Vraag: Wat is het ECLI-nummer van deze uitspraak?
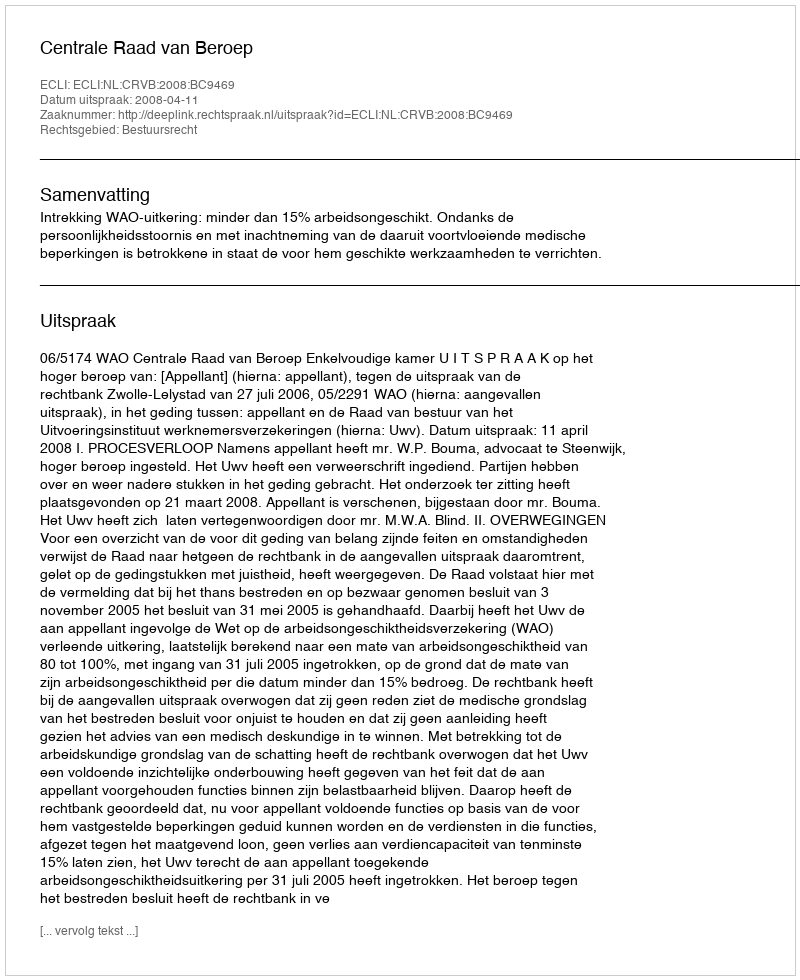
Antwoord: ECLI:NL:CRVB:2008:BC9469